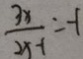
\frac { 3 x } { 2 x - 1 } = - 1